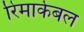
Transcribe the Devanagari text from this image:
रिमार्केबल